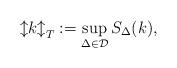
LaTeX: \begin{align*}\left\updownarrow k\right\updownarrow _{T}:=\sup\limits_{\Delta\in\mathcal{D}}S_{\Delta}(k), \end{align*}